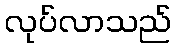
လုပ်လာသည်